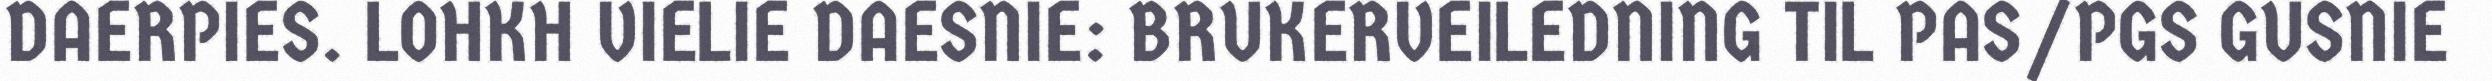
DAERPIES. LOHKH VIELIE DAESNIE: BRUKERVEILEDNING TIL PAS/PGS GUSNIE